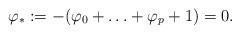
LaTeX: \begin{align*} \varphi_{*}:=-(\varphi_0+\ldots+\varphi_p+1)=0.\end{align*}